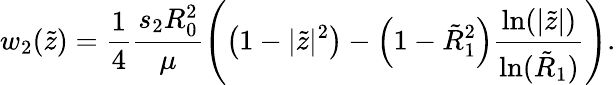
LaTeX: w_{2}(\tilde{z})=\frac{1}{4}\frac{s_{2}R_{0}^{2}}{\mu}\left(\left(1-|\tilde{z}|^{2}\right)-\left(1-\tilde{R}_{1}^{2}\right)\frac{\ln(|\tilde{z}|)}{\ln(\tilde{R}_{1})}\right).